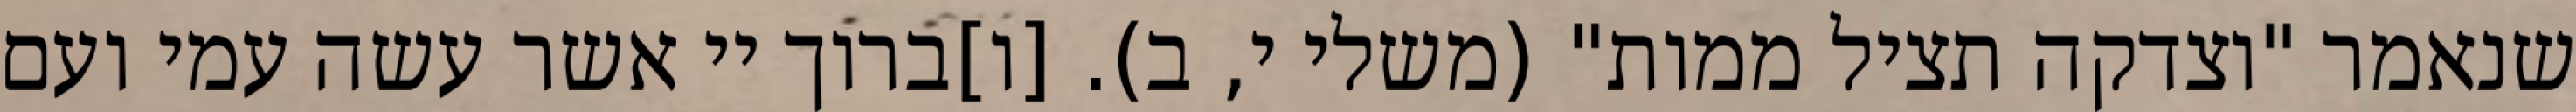
שנאמר "וצדקה תציל ממות" (משלי י, ב). [ו]ברוך יי אשר עשה עמי ועם